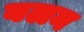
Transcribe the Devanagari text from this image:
बलन